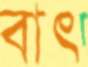
বাৎ